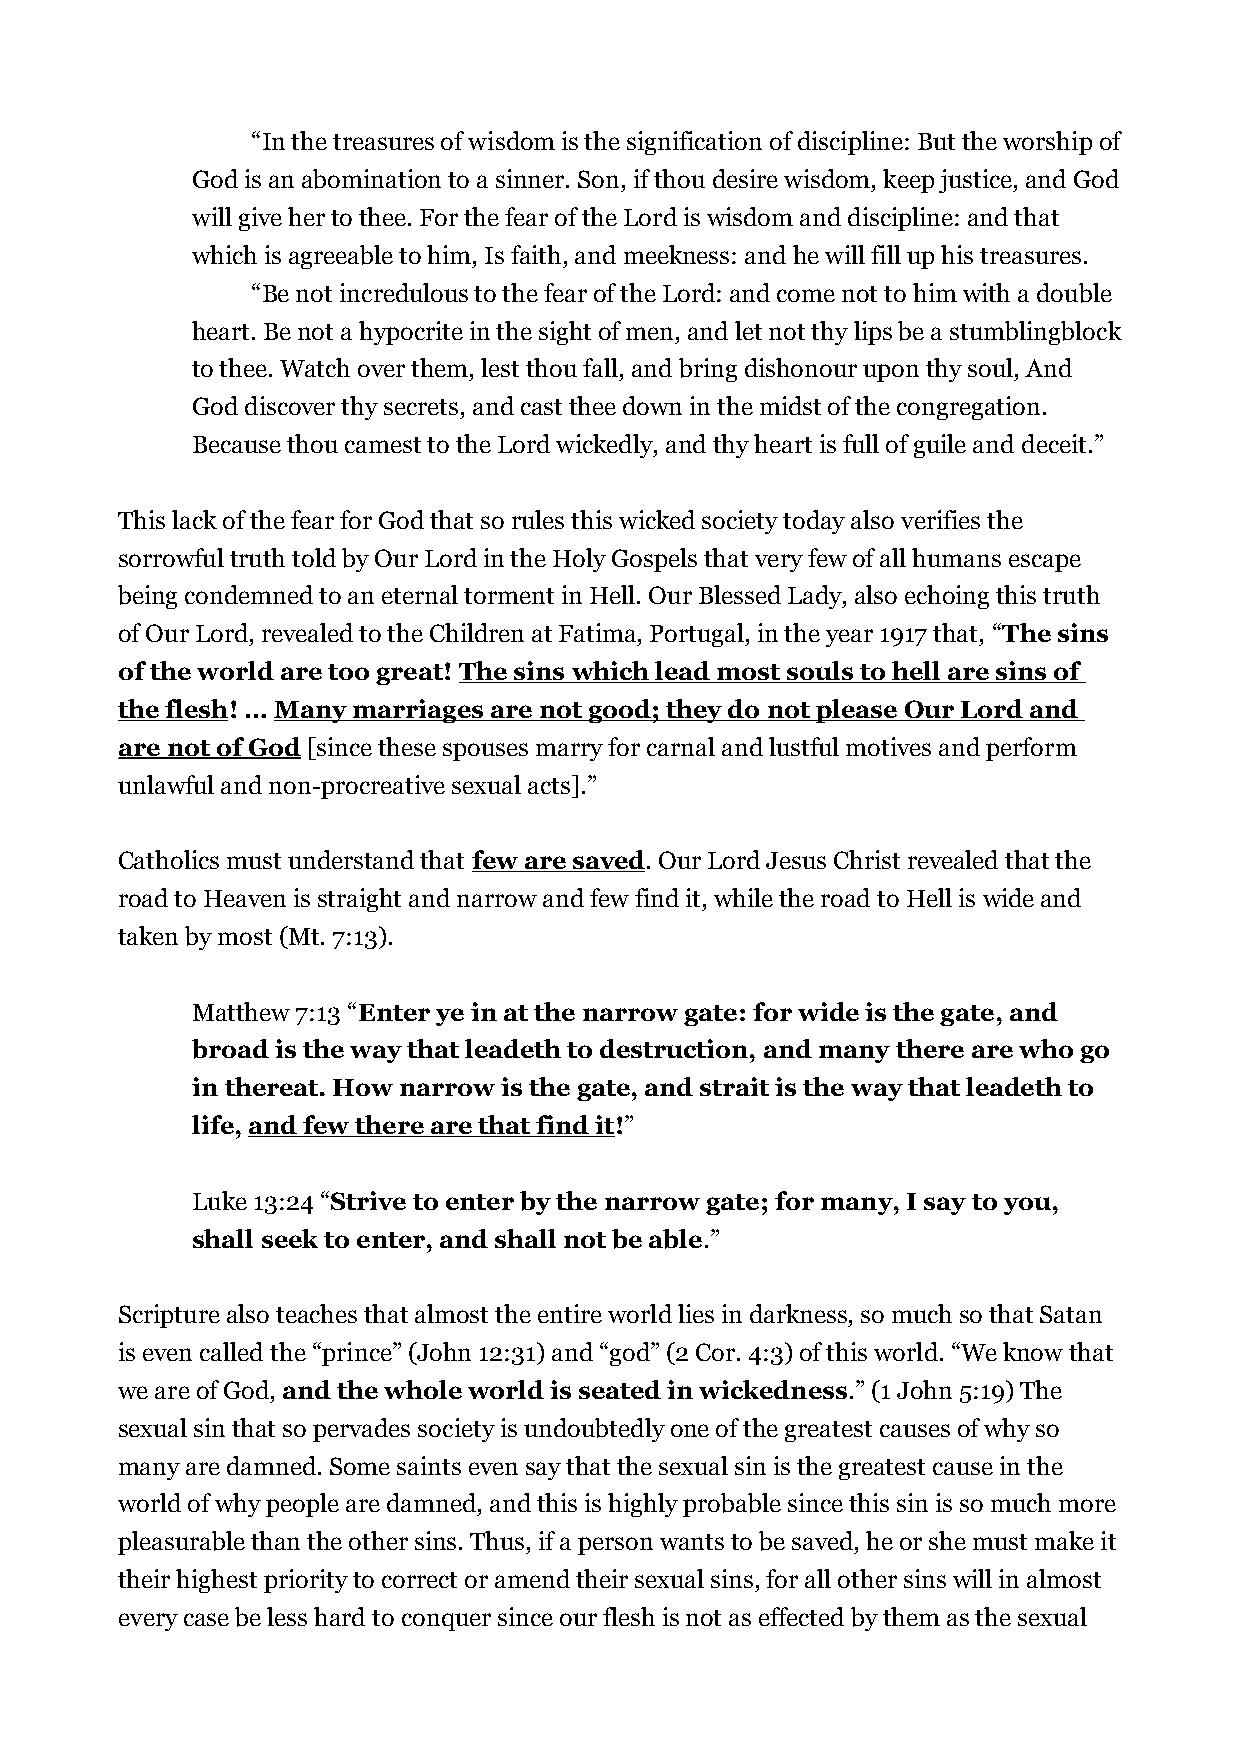
“In the treasures of wisdom is the signification of discipline: But the worship of
 God is an abomination to a sinner. Son, if thou desire wisdom, keep justice, and God
 will give her to thee. For the fear of the Lord is wisdom and discipline: and that
 which is agreeable to him, Is faith, and meekness: and he will fill up his treasures.
 “Be not incredulous to the fear of the Lord: and come not to him with a double
 heart. Be not a hypocrite in the sight of men, and let not thy lips be a stumblingblock
 to thee. Watch over them, lest thou fall, and bring dishonour upon thy soul, And
 God discover thy secrets, and cast thee down in the midst of the congregation.
 Because thou camest to the Lord wickedly, and thy heart is full of guile and deceit.”
 This lack of the fear for God that so rules this wicked society today also verifies the
 sorrowful truth told by Our Lord in the Holy Gospels that very few of all humans escape
 being condemned to an eternal torment in Hell. Our Blessed Lady, also echoing this truth
 of Our Lord, revealed to the Children at Fatima, Portugal, in the year 1917 that, “The sins
 of the world are too great! The sins which lead most souls to hell are sins of
 the flesh! … Many marriages are not good; they do not please Our Lord and
 are not of God [since these spouses marry for carnal and lustful motives and perform
 unlawful and non-procreative sexual acts].”
 Catholics must understand that few are saved. Our Lord Jesus Christ revealed that the
 road to Heaven is straight and narrow and few find it, while the road to Hell is wide and
 taken by most (Mt. 7:13).
 Matthew 7:13 “Enter ye in at the narrow gate: for wide is the gate, and
 broad is the way that leadeth to destruction, and many there are who go
 in thereat. How narrow is the gate, and strait is the way that leadeth to
 life, and few there are that find it!”
 Luke 13:24 “Strive to enter by the narrow gate; for many, I say to you,
 shall seek to enter, and shall not be able.”
 Scripture also teaches that almost the entire world lies in darkness, so much so that Satan
 is even called the “prince” (John 12:31) and “god” (2 Cor. 4:3) of this world. “We know that
 we are of God, and the whole world is seated in wickedness.” (1 John 5:19) The
 sexual sin that so pervades society is undoubtedly one of the greatest causes of why so
 many are damned. Some saints even say that the sexual sin is the greatest cause in the
 world of why people are damned, and this is highly probable since this sin is so much more
 pleasurable than the other sins. Thus, if a person wants to be saved, he or she must make it
 their highest priority to correct or amend their sexual sins, for all other sins will in almost
 every case be less hard to conquer since our flesh is not as effected by them as the sexual